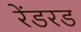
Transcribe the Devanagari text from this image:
रेंडरड